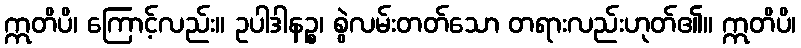
ဣတိပိ၊ ကြောင့်လည်း။ ဥပါဒါနဉ္စ၊ စွဲလမ်းတတ်သော တရားလည်းဟုတ်၏။ ဣတိပိ၊